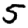
Digit: 5